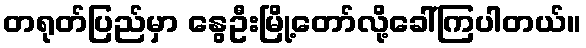
တရုတ်ပြည်မှာ နွေဦးမြို့တော်လို့ခေါ်ကြပါတယ်။